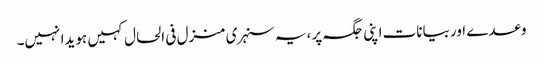
وعدے اور بیانات اپنی جگہ پر ،یہ سنہری منزل فی الحال کہیں ہویدا نہیں۔